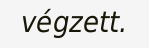
végzett.